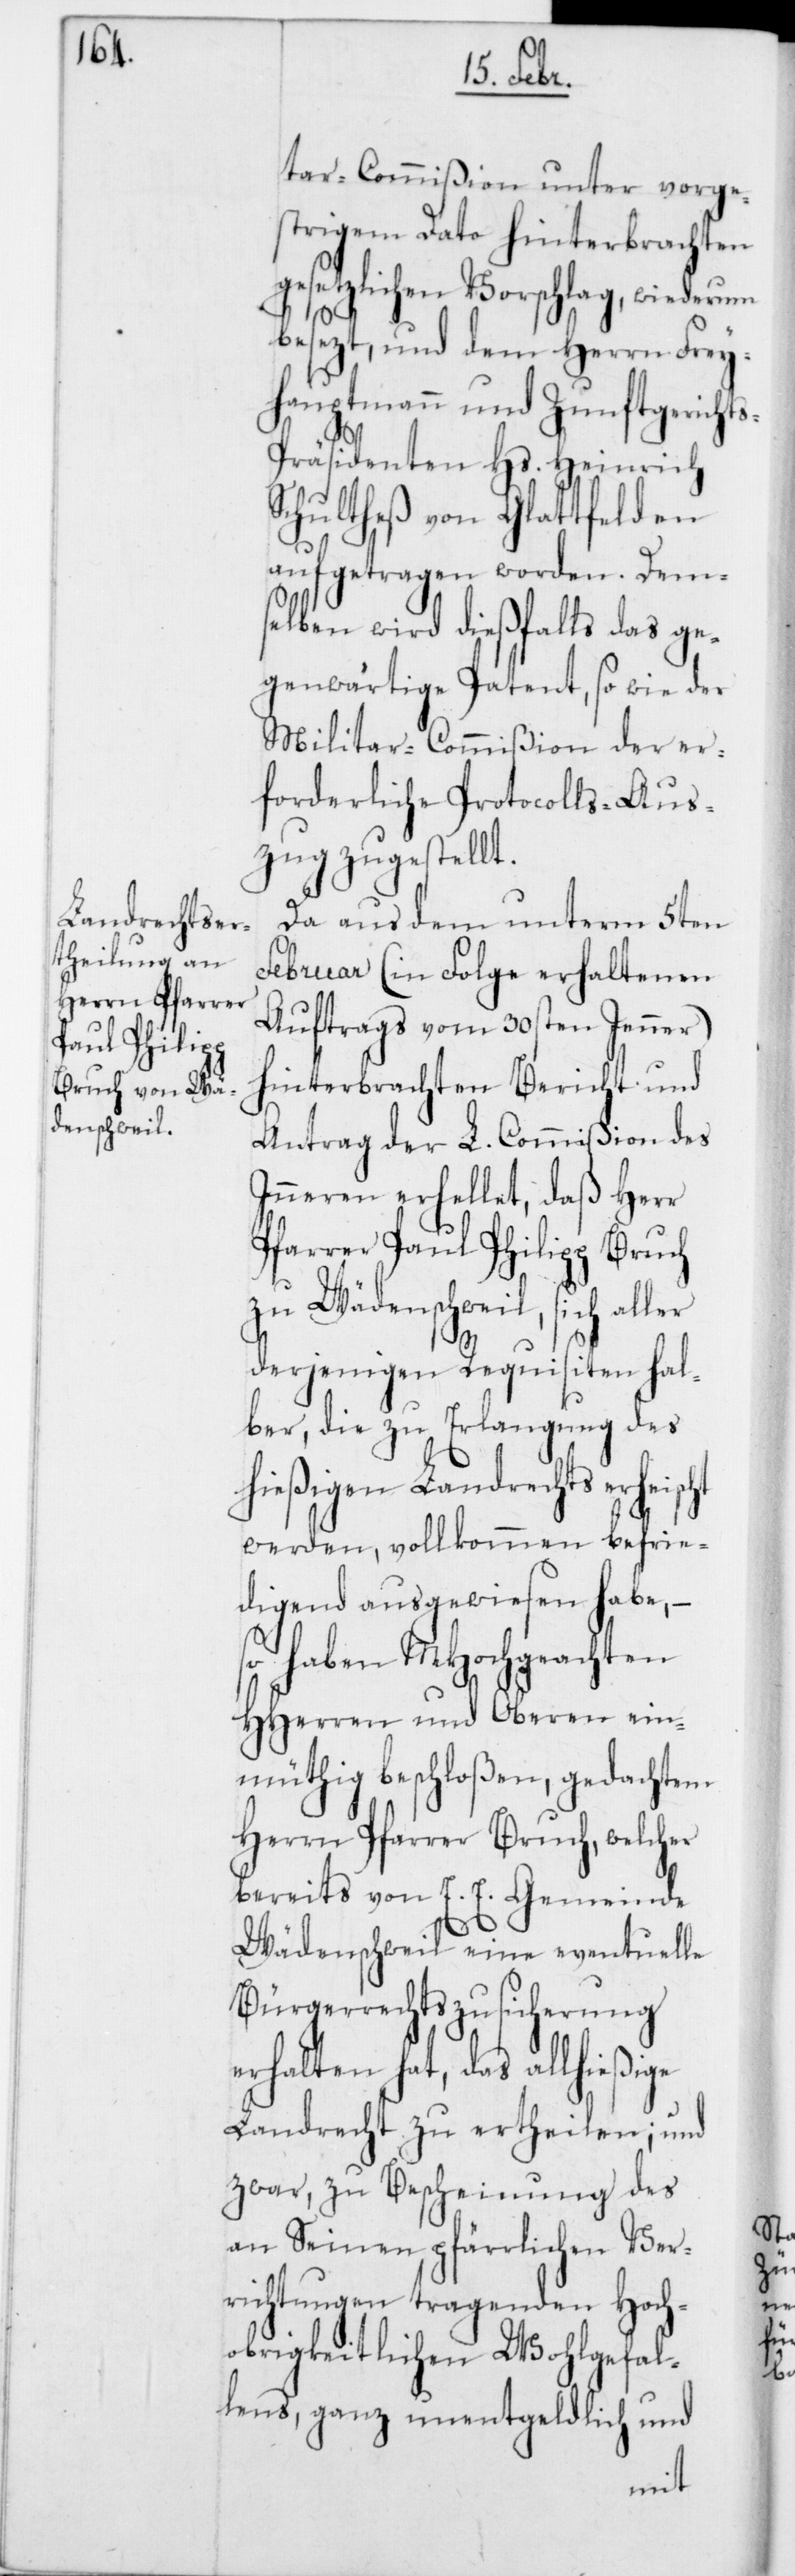
ht

tar-Commißion unter vorge¬
strigem Dato hinterbrachten
gesetzlichen Vorschlag, wiederum
besezt, und dem Herrn Frey¬
hauptmann und Zunftgerichts-P¬
räsidenten Hs. Heinrich
Schultheß von Glattfelden
aufgetragen worden. Dems¬
elben wird dießfalls das ge¬
genwärtige Patent, so wie der
Militar-Commißion der er¬
forderliche Protocolls-Aus¬
zug zugestellt.
Da aus dem unterm 5ten
Februar (in Folge erhaltenen
Auftrags vom 30sten Jenner)
hinterbrachten Bericht und
Antrag der L. Commißion des
Inneren erhellet, daß Herr
Pfarrer Paul Philipp Bruch
zu Wädenschweil, sich al¬
derjenigen Requisiten hal¬
ber, die zu Erlangung des
hießigen Landrechts erheisc¬
werden, vollkommen befrie¬
digend ausgewiesen habe, –
so haben MHochgeachten
HHerren und Oberen ein¬
müthig beschloßen, gedachtem
Herrn Pfarrer Bruch, welcher
bereits von E. E. Gemeinde
Wädenschweil eine eventuelle
Bürgerrechtszusicherung
erhalten hat, das allhießige
Landrecht zu ertheilen; und
zwar, zu Bescheinung des
an Seinen pfärrlichen Ver¬
richtungen tragenden Hoch¬
obrigkeitlichen Wohlgefal¬
lens, ganz unentgeldlich und